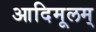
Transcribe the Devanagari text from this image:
आदिमूलम्